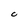
Character: C